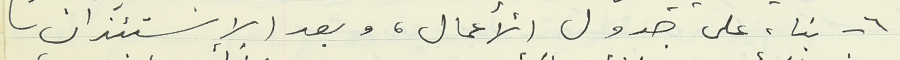
٦ - بناء على جدول الأعمال، وبعد الاستئذان